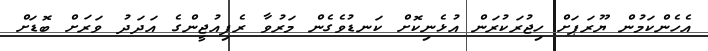
އެހެންކަމުން ޔޫރަޕަށް ހިޖުރަކުރަން އުޅެނިކޮށް ކަނޑުވެގެން މަރުވާ ރެފިއުޖީންގެ އަދަދު ވަރަށް ބޮޑަށް